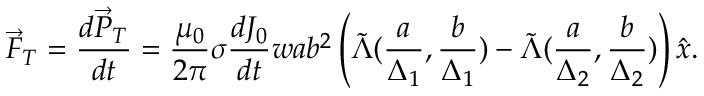
\vec { F } _ { T } = \frac { d \vec { P } _ { T } } { d t } = \frac { \mu _ { 0 } } { 2 \pi } \sigma \frac { d J _ { 0 } } { d t } w a b ^ { 2 } \left( \tilde { \Lambda } ( \frac { a } { \Delta _ { 1 } } , \frac { b } { \Delta _ { 1 } } ) - \tilde { \Lambda } ( \frac { a } { \Delta _ { 2 } } , \frac { b } { \Delta _ { 2 } } ) \right) \hat { x } .